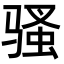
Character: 骚